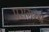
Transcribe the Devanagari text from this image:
परागम्य